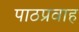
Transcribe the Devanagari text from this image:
पाठप्रवाह